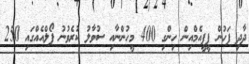
ދާދި ފަހުން ޕީޕީއެމްއިން ހިންގި 400 މީހުންނާއި ސުވާލު ކުރެވުނު ޕޯލްއެއްގައި 250